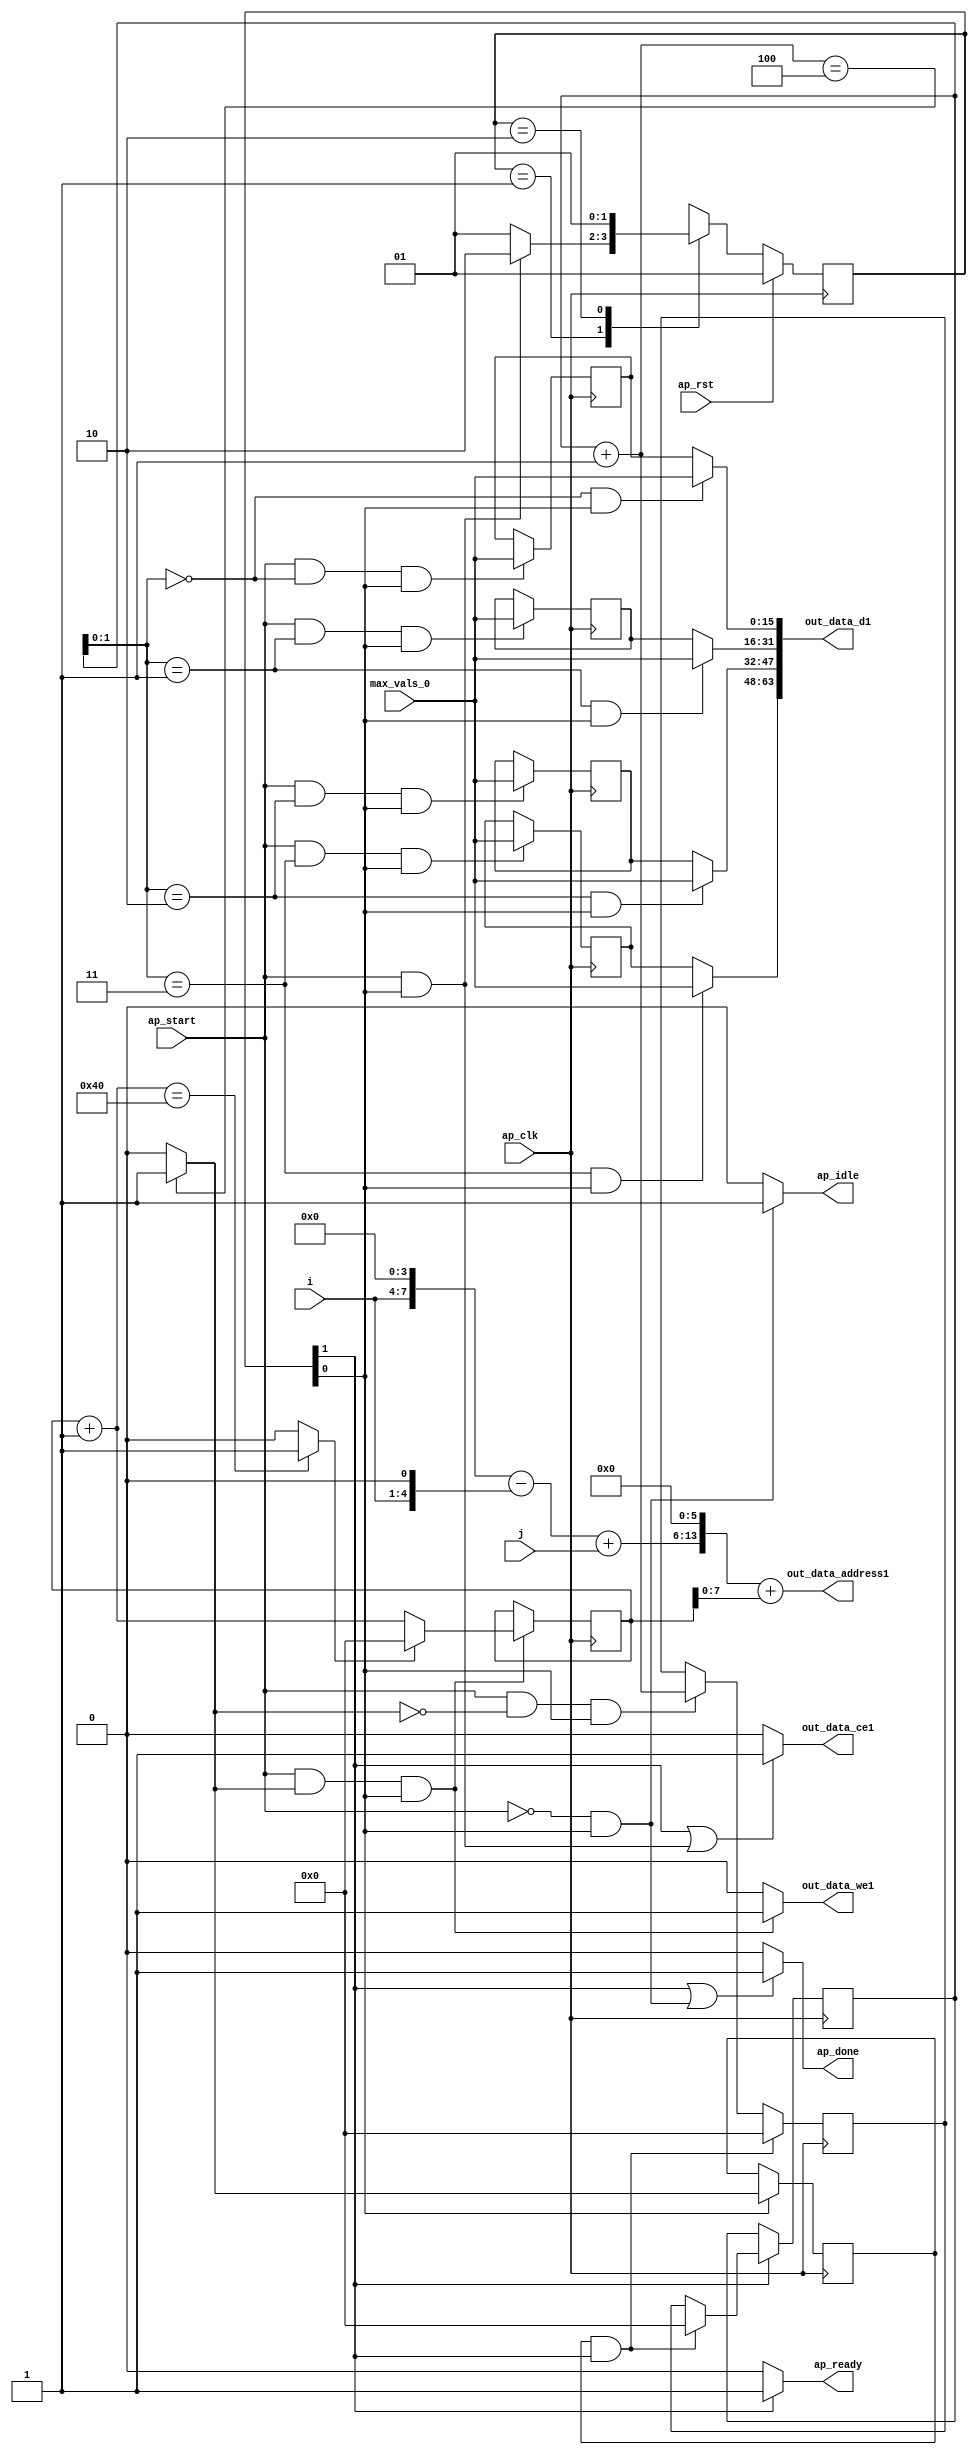
`define EXPONENT 5
`define MANTISSA 10
`define ACTUAL_MANTISSA 11
`define EXPONENT_LSB 10
`define EXPONENT_MSB 14
`define MANTISSA_LSB 0
`define MANTISSA_MSB 9
`define MANTISSA_MUL_SPLIT_LSB 3
`define MANTISSA_MUL_SPLIT_MSB 9
`define SIGN 1
`define SIGN_LOC 15
`define DWIDTH (`SIGN+`EXPONENT+`MANTISSA)
`define IEEE_COMPLIANCE 1

module td_fused_top_tdf8_writeOutputs_unaligned (
        ap_clk,
        ap_rst,
        ap_start,
        ap_done,
        ap_idle,
        ap_ready,
        i,
        j,
        out_data_address1,
        out_data_ce1,
        out_data_we1,
        out_data_d1,
        max_vals_0
);

parameter    ap_ST_fsm_state1 = 2'd1;
parameter    ap_ST_fsm_state2 = 2'd2;

input   ap_clk;
input   ap_rst;
input   ap_start;
output   ap_done;
output   ap_idle;
output   ap_ready;
input  [3:0] i;
input  [7:0] j;
output  [13:0] out_data_address1;
output   out_data_ce1;
output   out_data_we1;
output  [63:0] out_data_d1;
input  [15:0] max_vals_0;

reg ap_done;
reg ap_idle;
reg ap_ready;
reg out_data_ce1;
reg out_data_we1;

  reg   [1:0] ap_CS_fsm;
wire    ap_CS_fsm_state1;
reg   [15:0] outputCount_3;
reg   [15:0] outputChanIdx_3;
reg   [15:0] outputRow_13_0;
reg   [15:0] outputRow_13_1;
reg   [15:0] outputRow_13_2;
reg   [15:0] outputRow_13_3;
wire   [15:0] add_ln87_fu_177_p2;
wire   [0:0] icmp_ln88_fu_183_p2;
reg   [0:0] icmp_ln88_reg_297;
reg   [15:0] ap_phi_mux_empty_phi_fu_94_p4;
reg   [15:0] empty_reg_91;
wire    ap_CS_fsm_state2;
wire   [63:0] zext_ln94_4_fu_211_p1;
wire   [15:0] select_ln97_fu_269_p3;
wire   [1:0] trunc_ln86_fu_149_p1;
reg   [15:0] ap_sig_allocacmp_outputRow_13_0_load;
reg   [15:0] ap_sig_allocacmp_outputRow_13_1_load;
reg   [15:0] ap_sig_allocacmp_outputRow_13_2_load;
reg   [15:0] ap_sig_allocacmp_outputRow_13_3_load;
wire   [4:0] tmp_8_fu_109_p3;
wire   [7:0] tmp_fu_101_p3;
wire   [7:0] zext_ln94_fu_117_p1;
wire   [7:0] sub_ln94_fu_121_p2;
wire   [7:0] add_ln94_fu_127_p2;
wire   [7:0] trunc_ln94_fu_197_p1;
wire   [13:0] tmp_10_cast_fu_133_p3;
wire   [13:0] zext_ln94_3_fu_201_p1;
wire   [13:0] add_ln94_2_fu_205_p2;
wire   [15:0] bitcast_ln94_6_fu_240_p1;
wire   [15:0] bitcast_ln94_5_fu_232_p1;
wire   [15:0] bitcast_ln94_4_fu_224_p1;
wire   [15:0] bitcast_ln94_fu_216_p1;
wire   [15:0] add_ln96_fu_257_p2;
wire   [0:0] icmp_ln97_fu_263_p2;
reg   [1:0] ap_NS_fsm;
wire    ap_ce_reg;

// power-on initialization
initial begin
#0 ap_CS_fsm = 2'd1;
#0 outputCount_3 = 16'd0;
#0 outputChanIdx_3 = 16'd0;
#0 outputRow_13_0 = 16'd0;
#0 outputRow_13_1 = 16'd0;
#0 outputRow_13_2 = 16'd0;
#0 outputRow_13_3 = 16'd0;
end

always @ (posedge ap_clk) begin
    if (ap_rst == 1'b1) begin
        ap_CS_fsm <= ap_ST_fsm_state1;
    end else begin
        ap_CS_fsm <= ap_NS_fsm;
    end
end

always @ (posedge ap_clk) begin
    if (((icmp_ln88_reg_297 == 1'd1) & (1'b1 == ap_CS_fsm_state2))) begin
        empty_reg_91 <= 16'd0;
    end else if (((ap_start == 1'b1) & (icmp_ln88_fu_183_p2 == 1'd0) & (1'b1 == ap_CS_fsm_state1))) begin
        empty_reg_91 <= add_ln87_fu_177_p2;
    end
end

always @ (posedge ap_clk) begin
    if ((1'b1 == ap_CS_fsm_state1)) begin
        icmp_ln88_reg_297 <= icmp_ln88_fu_183_p2;
    end
end

always @ (posedge ap_clk) begin
    if (((ap_start == 1'b1) & (icmp_ln88_fu_183_p2 == 1'd1) & (1'b1 == ap_CS_fsm_state1))) begin
        outputChanIdx_3 <= select_ln97_fu_269_p3;
    end
end

always @ (posedge ap_clk) begin
    if ((1'b1 == ap_CS_fsm_state2)) begin
        outputCount_3 <= ap_phi_mux_empty_phi_fu_94_p4;
    end
end

always @ (posedge ap_clk) begin
    if (((ap_start == 1'b1) & (trunc_ln86_fu_149_p1 == 2'd0) & (1'b1 == ap_CS_fsm_state1))) begin
        outputRow_13_0 <= max_vals_0;
    end
end

always @ (posedge ap_clk) begin
    if (((ap_start == 1'b1) & (trunc_ln86_fu_149_p1 == 2'd1) & (1'b1 == ap_CS_fsm_state1))) begin
        outputRow_13_1 <= max_vals_0;
    end
end

always @ (posedge ap_clk) begin
    if (((ap_start == 1'b1) & (trunc_ln86_fu_149_p1 == 2'd2) & (1'b1 == ap_CS_fsm_state1))) begin
        outputRow_13_2 <= max_vals_0;
    end
end

always @ (posedge ap_clk) begin
    if (((ap_start == 1'b1) & (trunc_ln86_fu_149_p1 == 2'd3) & (1'b1 == ap_CS_fsm_state1))) begin
        outputRow_13_3 <= max_vals_0;
    end
end

always @ (*) begin
    if (((1'b1 == ap_CS_fsm_state2) | ((ap_start == 1'b0) & (1'b1 == ap_CS_fsm_state1)))) begin
        ap_done = 1'b1;
    end else begin
        ap_done = 1'b0;
    end
end

always @ (*) begin
    if (((ap_start == 1'b0) & (1'b1 == ap_CS_fsm_state1))) begin
        ap_idle = 1'b1;
    end else begin
        ap_idle = 1'b0;
    end
end

always @ (*) begin
    if (((icmp_ln88_reg_297 == 1'd1) & (1'b1 == ap_CS_fsm_state2))) begin
        ap_phi_mux_empty_phi_fu_94_p4 = 16'd0;
    end else begin
        ap_phi_mux_empty_phi_fu_94_p4 = empty_reg_91;
    end
end

always @ (*) begin
    if ((1'b1 == ap_CS_fsm_state2)) begin
        ap_ready = 1'b1;
    end else begin
        ap_ready = 1'b0;
    end
end

always @ (*) begin
    if (((trunc_ln86_fu_149_p1 == 2'd0) & (1'b1 == ap_CS_fsm_state1))) begin
        ap_sig_allocacmp_outputRow_13_0_load = max_vals_0;
    end else begin
        ap_sig_allocacmp_outputRow_13_0_load = outputRow_13_0;
    end
end

always @ (*) begin
    if (((trunc_ln86_fu_149_p1 == 2'd1) & (1'b1 == ap_CS_fsm_state1))) begin
        ap_sig_allocacmp_outputRow_13_1_load = max_vals_0;
    end else begin
        ap_sig_allocacmp_outputRow_13_1_load = outputRow_13_1;
    end
end

always @ (*) begin
    if (((trunc_ln86_fu_149_p1 == 2'd2) & (1'b1 == ap_CS_fsm_state1))) begin
        ap_sig_allocacmp_outputRow_13_2_load = max_vals_0;
    end else begin
        ap_sig_allocacmp_outputRow_13_2_load = outputRow_13_2;
    end
end

always @ (*) begin
    if (((trunc_ln86_fu_149_p1 == 2'd3) & (1'b1 == ap_CS_fsm_state1))) begin
        ap_sig_allocacmp_outputRow_13_3_load = max_vals_0;
    end else begin
        ap_sig_allocacmp_outputRow_13_3_load = outputRow_13_3;
    end
end

always @ (*) begin
    if (((1'b1 == ap_CS_fsm_state2) | ((ap_start == 1'b1) & (1'b1 == ap_CS_fsm_state1)))) begin
        out_data_ce1 = 1'b1;
    end else begin
        out_data_ce1 = 1'b0;
    end
end

always @ (*) begin
    if (((ap_start == 1'b1) & (icmp_ln88_fu_183_p2 == 1'd1) & (1'b1 == ap_CS_fsm_state1))) begin
        out_data_we1 = 1'b1;
    end else begin
        out_data_we1 = 1'b0;
    end
end

always @ (*) begin
    case (ap_CS_fsm)
        ap_ST_fsm_state1 : begin
            if (((ap_start == 1'b1) & (1'b1 == ap_CS_fsm_state1))) begin
                ap_NS_fsm = ap_ST_fsm_state2;
            end else begin
                ap_NS_fsm = ap_ST_fsm_state1;
            end
        end
        ap_ST_fsm_state2 : begin
            ap_NS_fsm = ap_ST_fsm_state1;
        end
        default : begin
            ap_NS_fsm = 'bx;
        end
    endcase
end

assign add_ln87_fu_177_p2 = (outputCount_3 + 16'd1);

assign add_ln94_2_fu_205_p2 = (tmp_10_cast_fu_133_p3 + zext_ln94_3_fu_201_p1);

assign add_ln94_fu_127_p2 = (sub_ln94_fu_121_p2 + j);

assign add_ln96_fu_257_p2 = (outputChanIdx_3 + 16'd1);

assign ap_CS_fsm_state1 = ap_CS_fsm[32'd0];

assign ap_CS_fsm_state2 = ap_CS_fsm[32'd1];

assign bitcast_ln94_4_fu_224_p1 = ap_sig_allocacmp_outputRow_13_1_load;

assign bitcast_ln94_5_fu_232_p1 = ap_sig_allocacmp_outputRow_13_2_load;

assign bitcast_ln94_6_fu_240_p1 = ap_sig_allocacmp_outputRow_13_3_load;

assign bitcast_ln94_fu_216_p1 = ap_sig_allocacmp_outputRow_13_0_load;

assign icmp_ln88_fu_183_p2 = ((add_ln87_fu_177_p2 == 16'd4) ? 1'b1 : 1'b0);

assign icmp_ln97_fu_263_p2 = ((add_ln96_fu_257_p2 == 16'd64) ? 1'b1 : 1'b0);

assign out_data_address1 = zext_ln94_4_fu_211_p1;

assign out_data_d1 = {{{{bitcast_ln94_6_fu_240_p1}, {bitcast_ln94_5_fu_232_p1}}, {bitcast_ln94_4_fu_224_p1}}, {bitcast_ln94_fu_216_p1}};

assign select_ln97_fu_269_p3 = ((icmp_ln97_fu_263_p2[0:0] == 1'b1) ? 16'd0 : add_ln96_fu_257_p2);

assign sub_ln94_fu_121_p2 = (tmp_fu_101_p3 - zext_ln94_fu_117_p1);

assign tmp_10_cast_fu_133_p3 = {{add_ln94_fu_127_p2}, {6'd0}};

assign tmp_8_fu_109_p3 = {{i}, {1'd0}};

assign tmp_fu_101_p3 = {{i}, {4'd0}};

assign trunc_ln86_fu_149_p1 = outputCount_3[1:0];

assign trunc_ln94_fu_197_p1 = outputChanIdx_3[7:0];

assign zext_ln94_3_fu_201_p1 = trunc_ln94_fu_197_p1;

assign zext_ln94_4_fu_211_p1 = add_ln94_2_fu_205_p2;

assign zext_ln94_fu_117_p1 = tmp_8_fu_109_p3;

endmodule //td_fused_top_tdf8_writeOutputs_unaligned